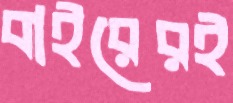
বাইরেরই